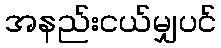
အနည်းငယ်မျှပင်